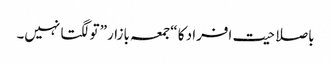
باصلاحیت افراد کا “جمعہ بازار” تو لگتا نہیں۔